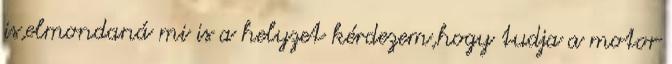
is,elmondaná mi is a helyzet kérdezem,hogy tudja a motor